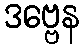
ဒဗ္ဗေန